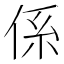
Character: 係